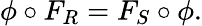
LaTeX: \phi\circ F_{R}=F_{S}\circ\phi.